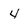
Character: 4